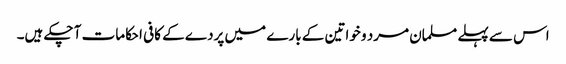
اس سے پہلے مسلمان مرد و خواتین کے بارے میں پردے کے کافی احکامات آ چکے ہیں۔